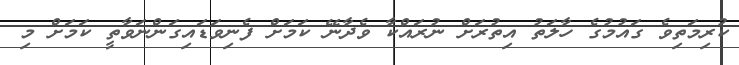
ކުރިމަތިވެ ގައުމުގެ ހާލަތު އިތުރަށް ނުރައްކާ ވެދާނޭ ކަމަށް ފެނިވަޑައިގަންނަވާތީ ކަމަށް މި